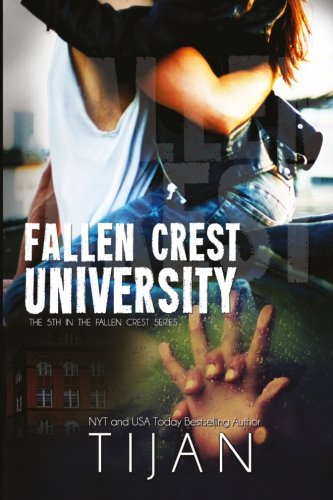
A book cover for Fallen Crest University (Fallen Crest Series) (Volume 5); Tijan; Romance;